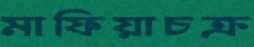
মাফিয়াচক্র